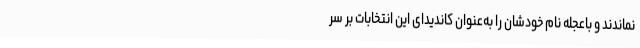
نماندند و باعجله نام خودشان را به‌عنوان کاندیدای این انتخابات بر سر